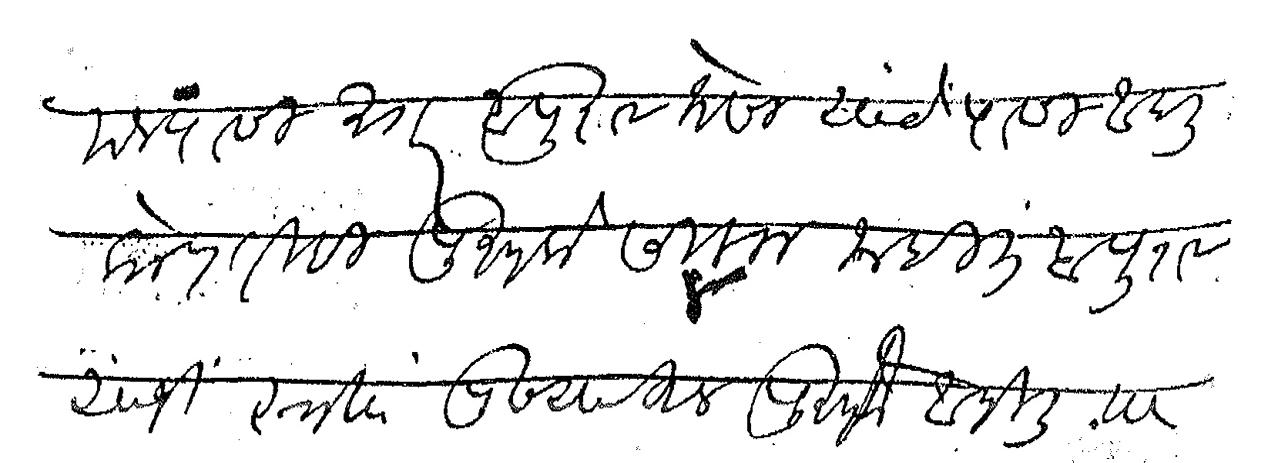
Transliteration (Devanagari): मजपासी अगर बापूराव जोसी यांचेपासी आपली कोणतीही पुस्तके सिलक नाहीत बापूराव यांनी स्वता पुण्याहून पुस्तके आणिली त्या